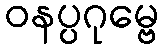
ဝနပ္ပဂုမ္ဗေ